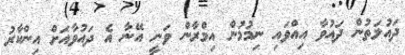
ދައުލަތުން ދައުވާ އިއްވައި ނިމުމުން އިމްރާން ވަނީ އޭނާ އެ ދައުވާއަށް އިންކާރު